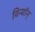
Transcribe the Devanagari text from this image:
विन्यॉन्